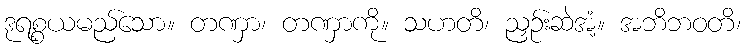
ဒုရစ္စယမည်သော။ တဏှာ၊ တဏှာကို။ သဟတိ၊ ညှဉ်းဆဲအံ့။ အဘိဘဝတိ၊